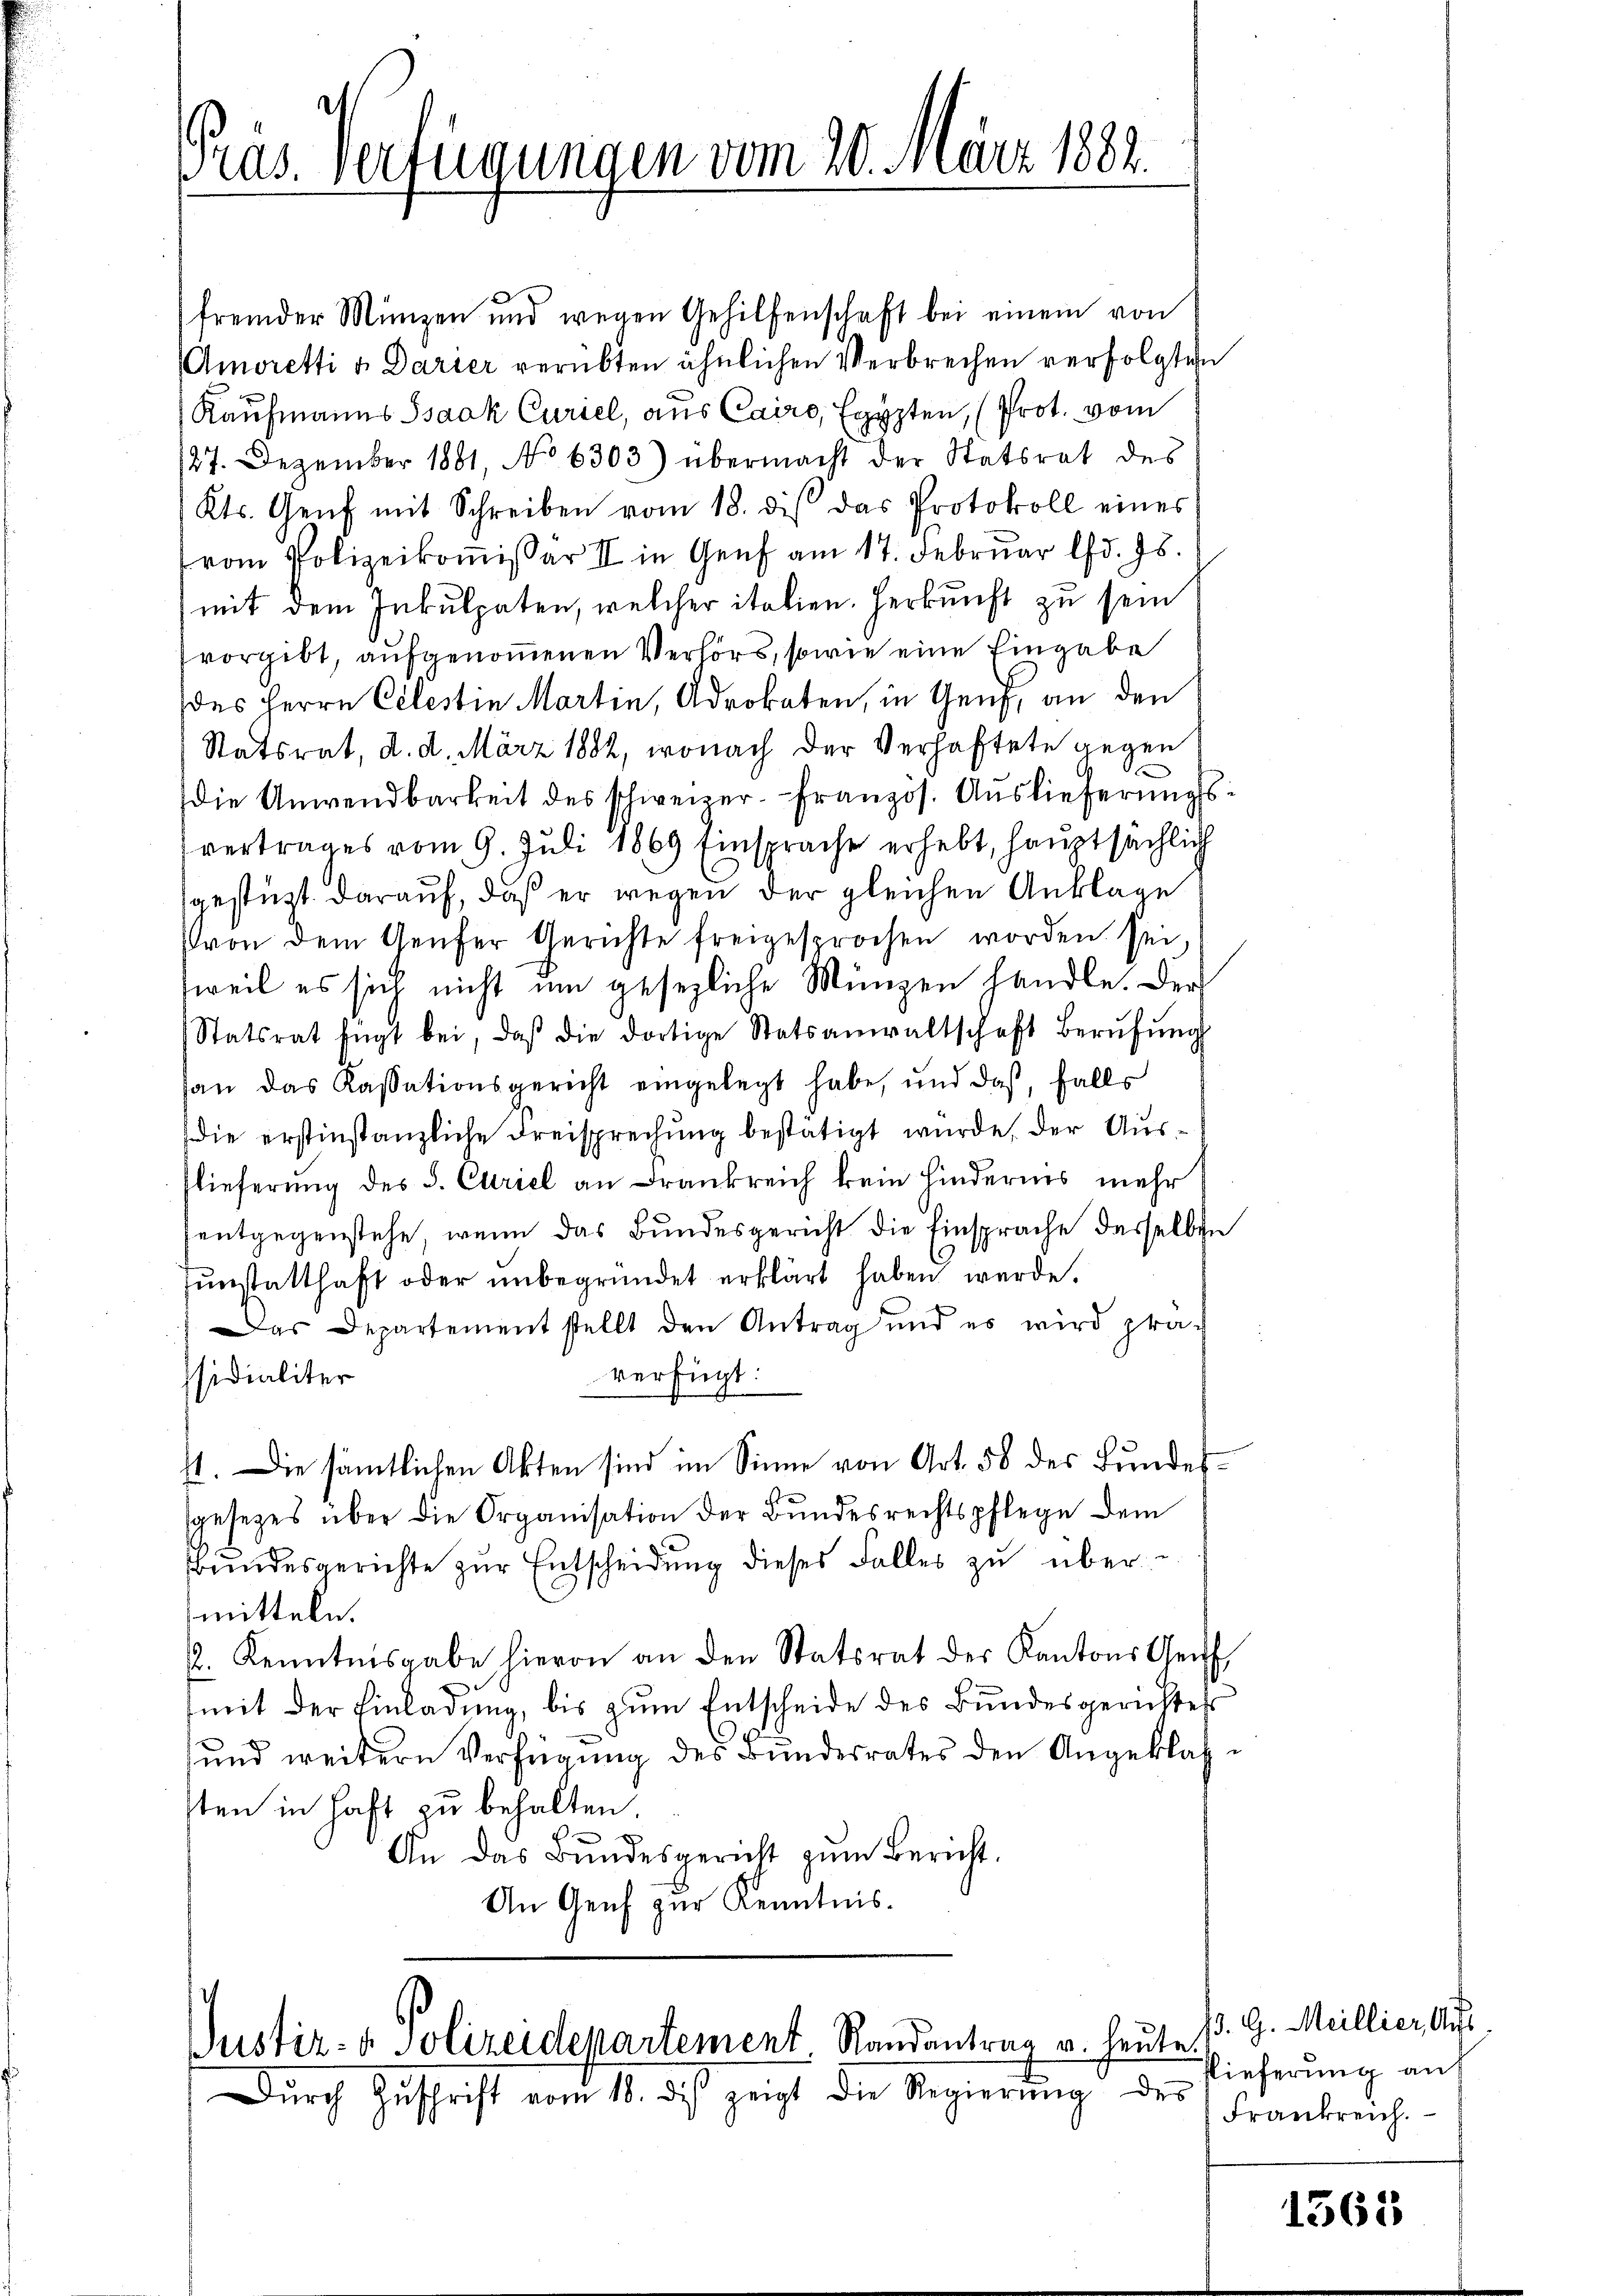
ras. Verfügungen vom 20. März 1882.

fremder Münzen und wegen Gehilfenschaft bei einem von
Amoretti v. Darier verübten ähnlichen Verbrechen verfolgten
Kaufmanns Isaak Curiel, aus Cairo, Egypten, (Prot. vom
/27. Dezember 1881, No 6303) übermacht der Statsrat des
Kts. Genf mit Schreiben vom 18. des das Protokoll eines
vom Polizeikoṁissar II in Genf am 17. Februar lfd. 75.
mit dem Inkulpaten, welcher italien. Herkunft zu sein
vorgibt, aufgenomenen Verhörs, sowie eine Eingabe
des Herrn Celestin Martin, Advokaten, in Genf, an den
Statsrat, d. d. März 1882, wonach der Verhaftete gegen
die Anwendbarkeit des schweizer-Franzos. Auslieferŭngs-
vertrages vom 9. Juli 1869 Einsprache erhebt, hauptsächlich
gestützt darauf, daß er wegen der gleichen Anklage
von dem Genfer Gerichte freigesprochen worden sei
weil es sich nicht um gesezliche Münzen handle. Der
Statsrat fügt bei, daβ die dortige Statsanwaltschaft Berŭfŭngs
an das Kassationsgericht eingelegt habe, und daß, falls
(die erstinstanzliche Freisprechung bestätigt wurde, der Auslieferung des S. Curiel an Drankreich kein Hindernis mehr
entgegenstehe, wenn das Bundesgericht die Einsprache desselben
Fŭnstatthaft oder ŭnbegründet erklärt haben werde.
as Departementstellt den Antrag und es wird pra-
verfügt:
ssidialiter
11. Die sämtlichen Akten sind im Sinne von Art. 58 des Bundessgesetzes über die Organisation der Bŭndesrechtspflege dem
bŭndesgerichte zŭr Entscheidŭng dieses Falles zu übermitteln.
2. Kenntnisgabe hievon an den Statsrat der Kantons Gef
(mit der Einladung, bis zum Entscheide des Bundesgerichter
und weitern Verfügung des Bundesrates den Angeklagsten in Haft zu behalten.
An das Bundesgericht zum Bericht.
An Genf zur Kenntnis.

Justiz- & Polizeidepartement. Randantrag u. heute
Dŭrch Zŭschrift vom 18. dis zeigt die Regierŭng des

13. G. Meillier, Aufs
Plieferung auf
Frankreich.

1563